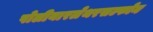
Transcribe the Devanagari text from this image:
पोलीयारलेथरसल्फोन